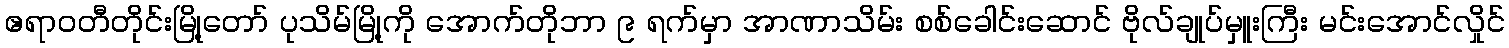
ဧရာဝတီတိုင်းမြို့တော် ပုသိမ်မြို့ကို အောက်တိုဘာ ၉ ရက်မှာ အာဏာသိမ်း စစ်ခေါင်းဆောင် ဗိုလ်ချုပ်မှူးကြီး မင်းအောင်လှိုင်